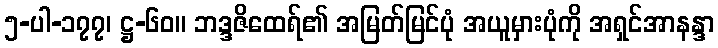
၅-ပါ-၁၇၇၊ ဋ္ဌ-၆၀။ ဘဒ္ဒဇိထေရ်၏ အမြတ်မြင်ပုံ အယူမှားပုံကို အရှင်အာနန္ဒာ